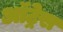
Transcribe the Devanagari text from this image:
ऑट्रेस